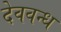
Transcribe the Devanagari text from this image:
देववन्ध